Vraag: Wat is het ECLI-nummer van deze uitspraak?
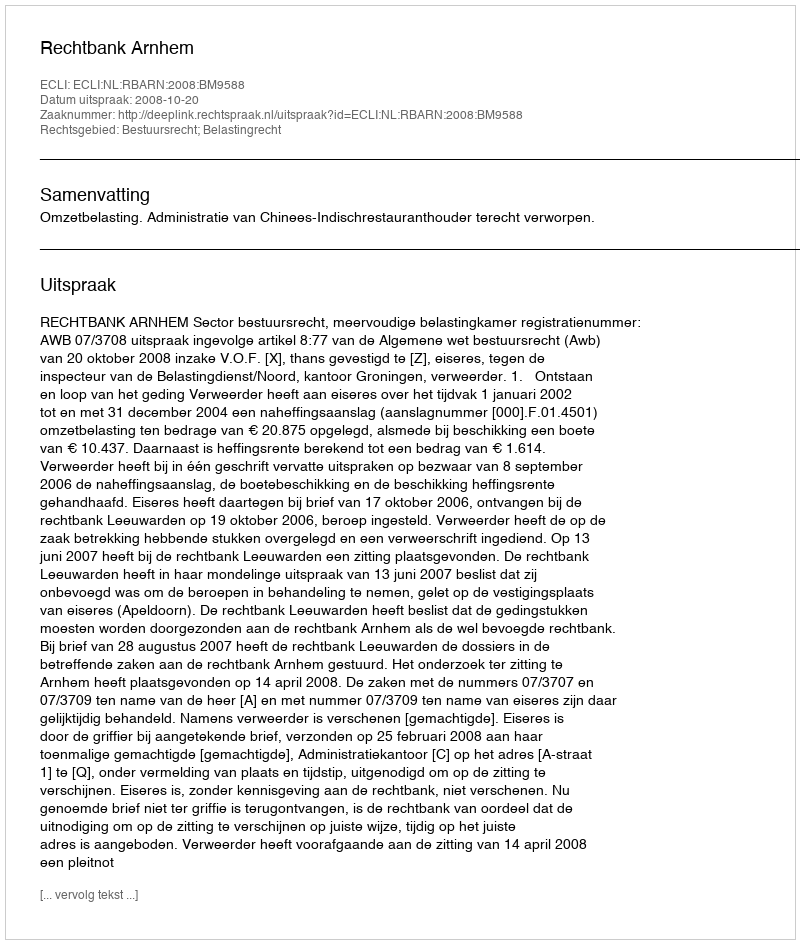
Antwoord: ECLI:NL:RBARN:2008:BM9588